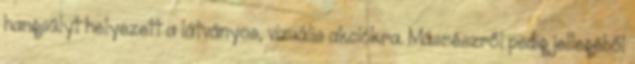
hangsúlyt helyezett a látványos, vizuális akciókra. Másrészről pedig jellegéből